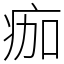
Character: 痂